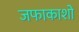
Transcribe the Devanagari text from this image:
जफाकाशों